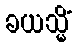
ခယသ္မိံ